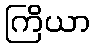
ကြိယာ